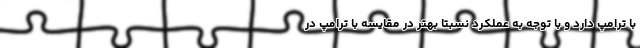
با ترامپ دارد و با توجه به عملکرد نسبتا بهتر در مقایسه با ترامپ در